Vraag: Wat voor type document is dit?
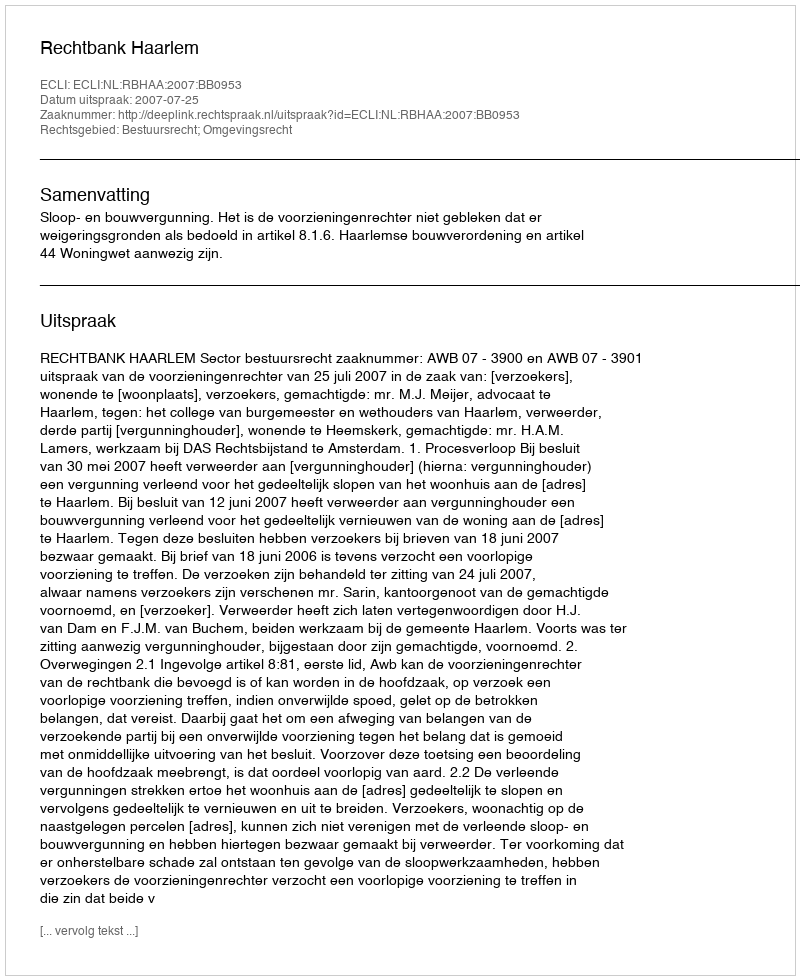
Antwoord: Uitspraak